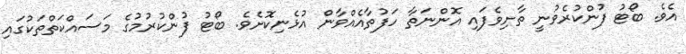
އެވެ. ބޯޓު ފުންކުރެވުނީ ތާށިވެފައި އޮންނަތާ ހަފުތާއެއްވާން އުޅެނިކޮށެވެ. ބޯޓު ފުންކުރުމުގެ މަސައްކަތްތަކުގައި